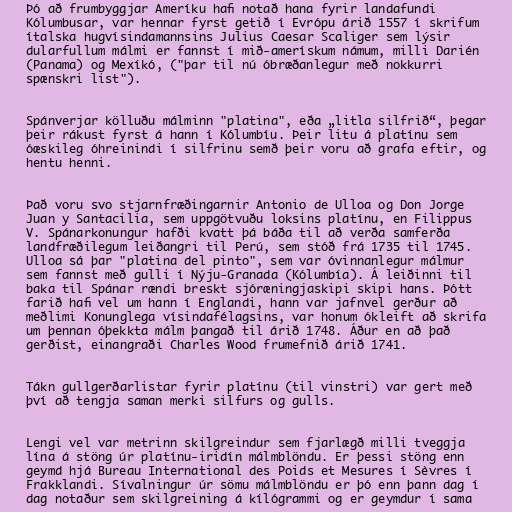
Þó að frumbyggjar Ameríku hafi notað hana fyrir landafundi
Kólumbusar, var hennar fyrst getið í Evrópu árið 1557 í skrifum
ítalska hugvísindamannsins Julius Caesar Scaliger sem lýsir
dularfullum málmi er fannst í mið-amerískum námum, milli Darién
(Panama) og Mexíkó, ("þar til nú óbræðanlegur með nokkurri
spænskri list").

Spánverjar kölluðu málminn "platina", eða „litla silfrið“, þegar
þeir rákust fyrst á hann í Kólumbíu. Þeir litu á platínu sem
óæskileg óhreinindi í silfrinu semð þeir voru að grafa eftir, og
hentu henni.

Það voru svo stjarnfræðingarnir Antonio de Ulloa og Don Jorge
Juan y Santacilia, sem uppgötvuðu loksins platínu, en Filippus
V. Spánarkonungur hafði kvatt þá báða til að verða samferða
landfræðilegum leiðangri til Perú, sem stóð frá 1735 til 1745.
Ulloa sá þar "platina del pinto", sem var óvinnanlegur málmur
sem fannst með gulli í Nýju-Granada (Kólumbía). Á leiðinni til
baka til Spánar rændi breskt sjóræningjaskipi skipi hans. Þótt
farið hafi vel um hann í Englandi, hann var jafnvel gerður að
meðlimi Konunglega vísindafélagsins, var honum ókleift að skrifa
um þennan óþekkta málm þangað til árið 1748. Áður en að það
gerðist, einangraði Charles Wood frumefnið árið 1741.

Tákn gullgerðarlistar fyrir platínu (til vinstri) var gert með
því að tengja saman merki silfurs og gulls.

Lengi vel var metrinn skilgreindur sem fjarlægð milli tveggja
lína á stöng úr platínu-iridín málmblöndu. Er þessi stöng enn
geymd hjá Bureau International des Poids et Mesures í Sèvres í
Frakklandi. Sívalningur úr sömu málmblöndu er þó enn þann dag í
dag notaður sem skilgreining á kílógrammi og er geymdur í sama